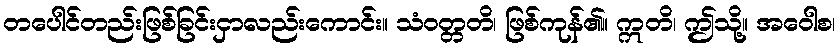
တပေါင်တည်းဖြစ်ခြင်းငှာလည်းကောင်း။ သံဝတ္တတိ၊ ဖြစ်ကုန်၏။ ဣတိ၊ ဤသို့။ အဝေါစ၊